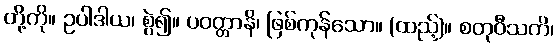
တို့ကို။ ဥပါဒါယ၊ စွဲ၍။ ပဝတ္တာနိ၊ ဖြစ်ကုန်သော။ (ထည့်)။ စတုဝီသတိ၊